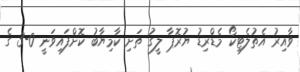
ވާއިރު އެތުލެޓިކޯ މެޑްރިޑު ޔުރޮޕާ ލީގު ތަށި ކާމިޔާބު ކޮށްފައިވަނީ 0-3 ގެ